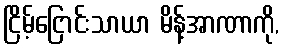
ငြိမ့်ငြောင်းသာယာ မိန့်အာဏာကို,